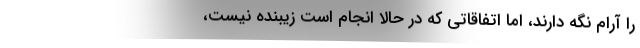
را آرام نگه دارند، اما اتفاقاتی که در حالا انجام است زیبنده نیست،